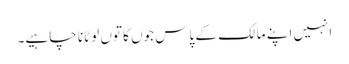
انہیں اپنے مالک کے پاس جوں کا توں لوٹانا چاہیے۔